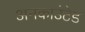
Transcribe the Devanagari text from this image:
अनकाउंटेड